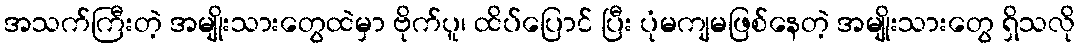
အသက်ကြီးတဲ့ အမျိုးသားတွေထဲမှာ ဗိုက်ပူ၊ ထိပ်ပြောင် ပြီး ပုံမကျမဖြစ်နေတဲ့ အမျိုးသားတွေ ရှိသလို